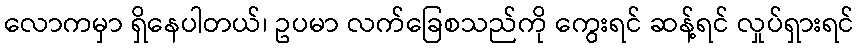
လောကမှာ ရှိနေပါတယ်၊ ဥပမာ လက်ခြေစသည်ကို ကွေးရင် ဆန့်ရင် လှုပ်ရှားရင်